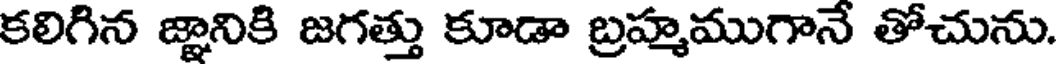
కలిగిన జ్ఞానికి జగత్తు కూడా బ్రహ్మముగానే తోచును.